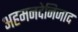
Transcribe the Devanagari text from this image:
अहमनदेनिजाद